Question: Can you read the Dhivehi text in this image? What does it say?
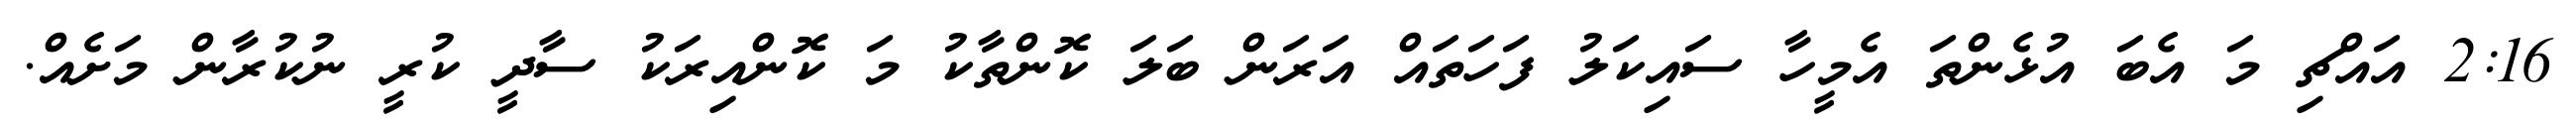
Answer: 2:16 އައްޗި މަ އެބަ އުޅެންތަ އެމީހާ ސައިކަލު ފަހަތައް އަރަން ބަލަ ކޮންތާކު މަ ކޮންއިރަކު ސާދީ ކުރީ ނުކުރާން މަށެއް.